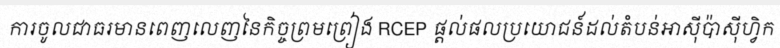
ការចូលជាធរមានពេញលេញនៃកិច្ចព្រមព្រៀង RCEP ផ្តល់ផលប្រយោជន៍ដល់តំបន់អាស៊ីប៉ាស៊ីហ្វិក